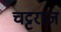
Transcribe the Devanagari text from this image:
चट्टराज